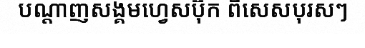
បណ្តាញសង្គមហ្វេសប៊ុក ពិសេសបុរសៗ